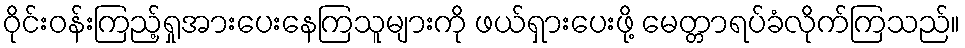
ဝိုင်းဝန်းကြည့်ရှုအားပေးနေကြသူများကို ဖယ်ရှားပေးဖို့ မေတ္တာရပ်ခံလိုက်ကြသည်။